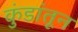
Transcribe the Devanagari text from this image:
कुंडांतून